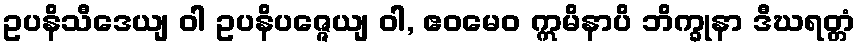
ဥပနိသီဒေယျ ဝါ ဥပနိပဇ္ဇေယျ ဝါ, ဧဝမေဝ ဣမိနာပိ ဘိက္ခုနာ ဒီဃရတ္တံ